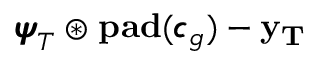
{ \pmb { \psi } } _ { T } \circledast \mathrm { \bf p a d } ( { \pmb { c } } _ { g } ) - \bf y _ { T }